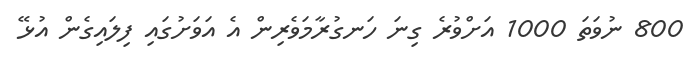
800 ނުވަތަ 1000 އަށްވުރެ ގިނަ ހަނގުރާމަވެރިން އެ އަވަށުގައި ފިލައިގެން އުޅޭ